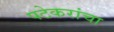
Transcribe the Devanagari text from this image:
पटेकरांचा